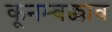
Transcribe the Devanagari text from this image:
कूनम्बक्काव